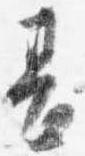
甚